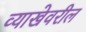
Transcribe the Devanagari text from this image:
व्याखेवरील